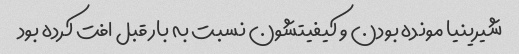
شیرینیا مونده بودن و کیفیتشون نسبت به بار قبل افت کرده بود